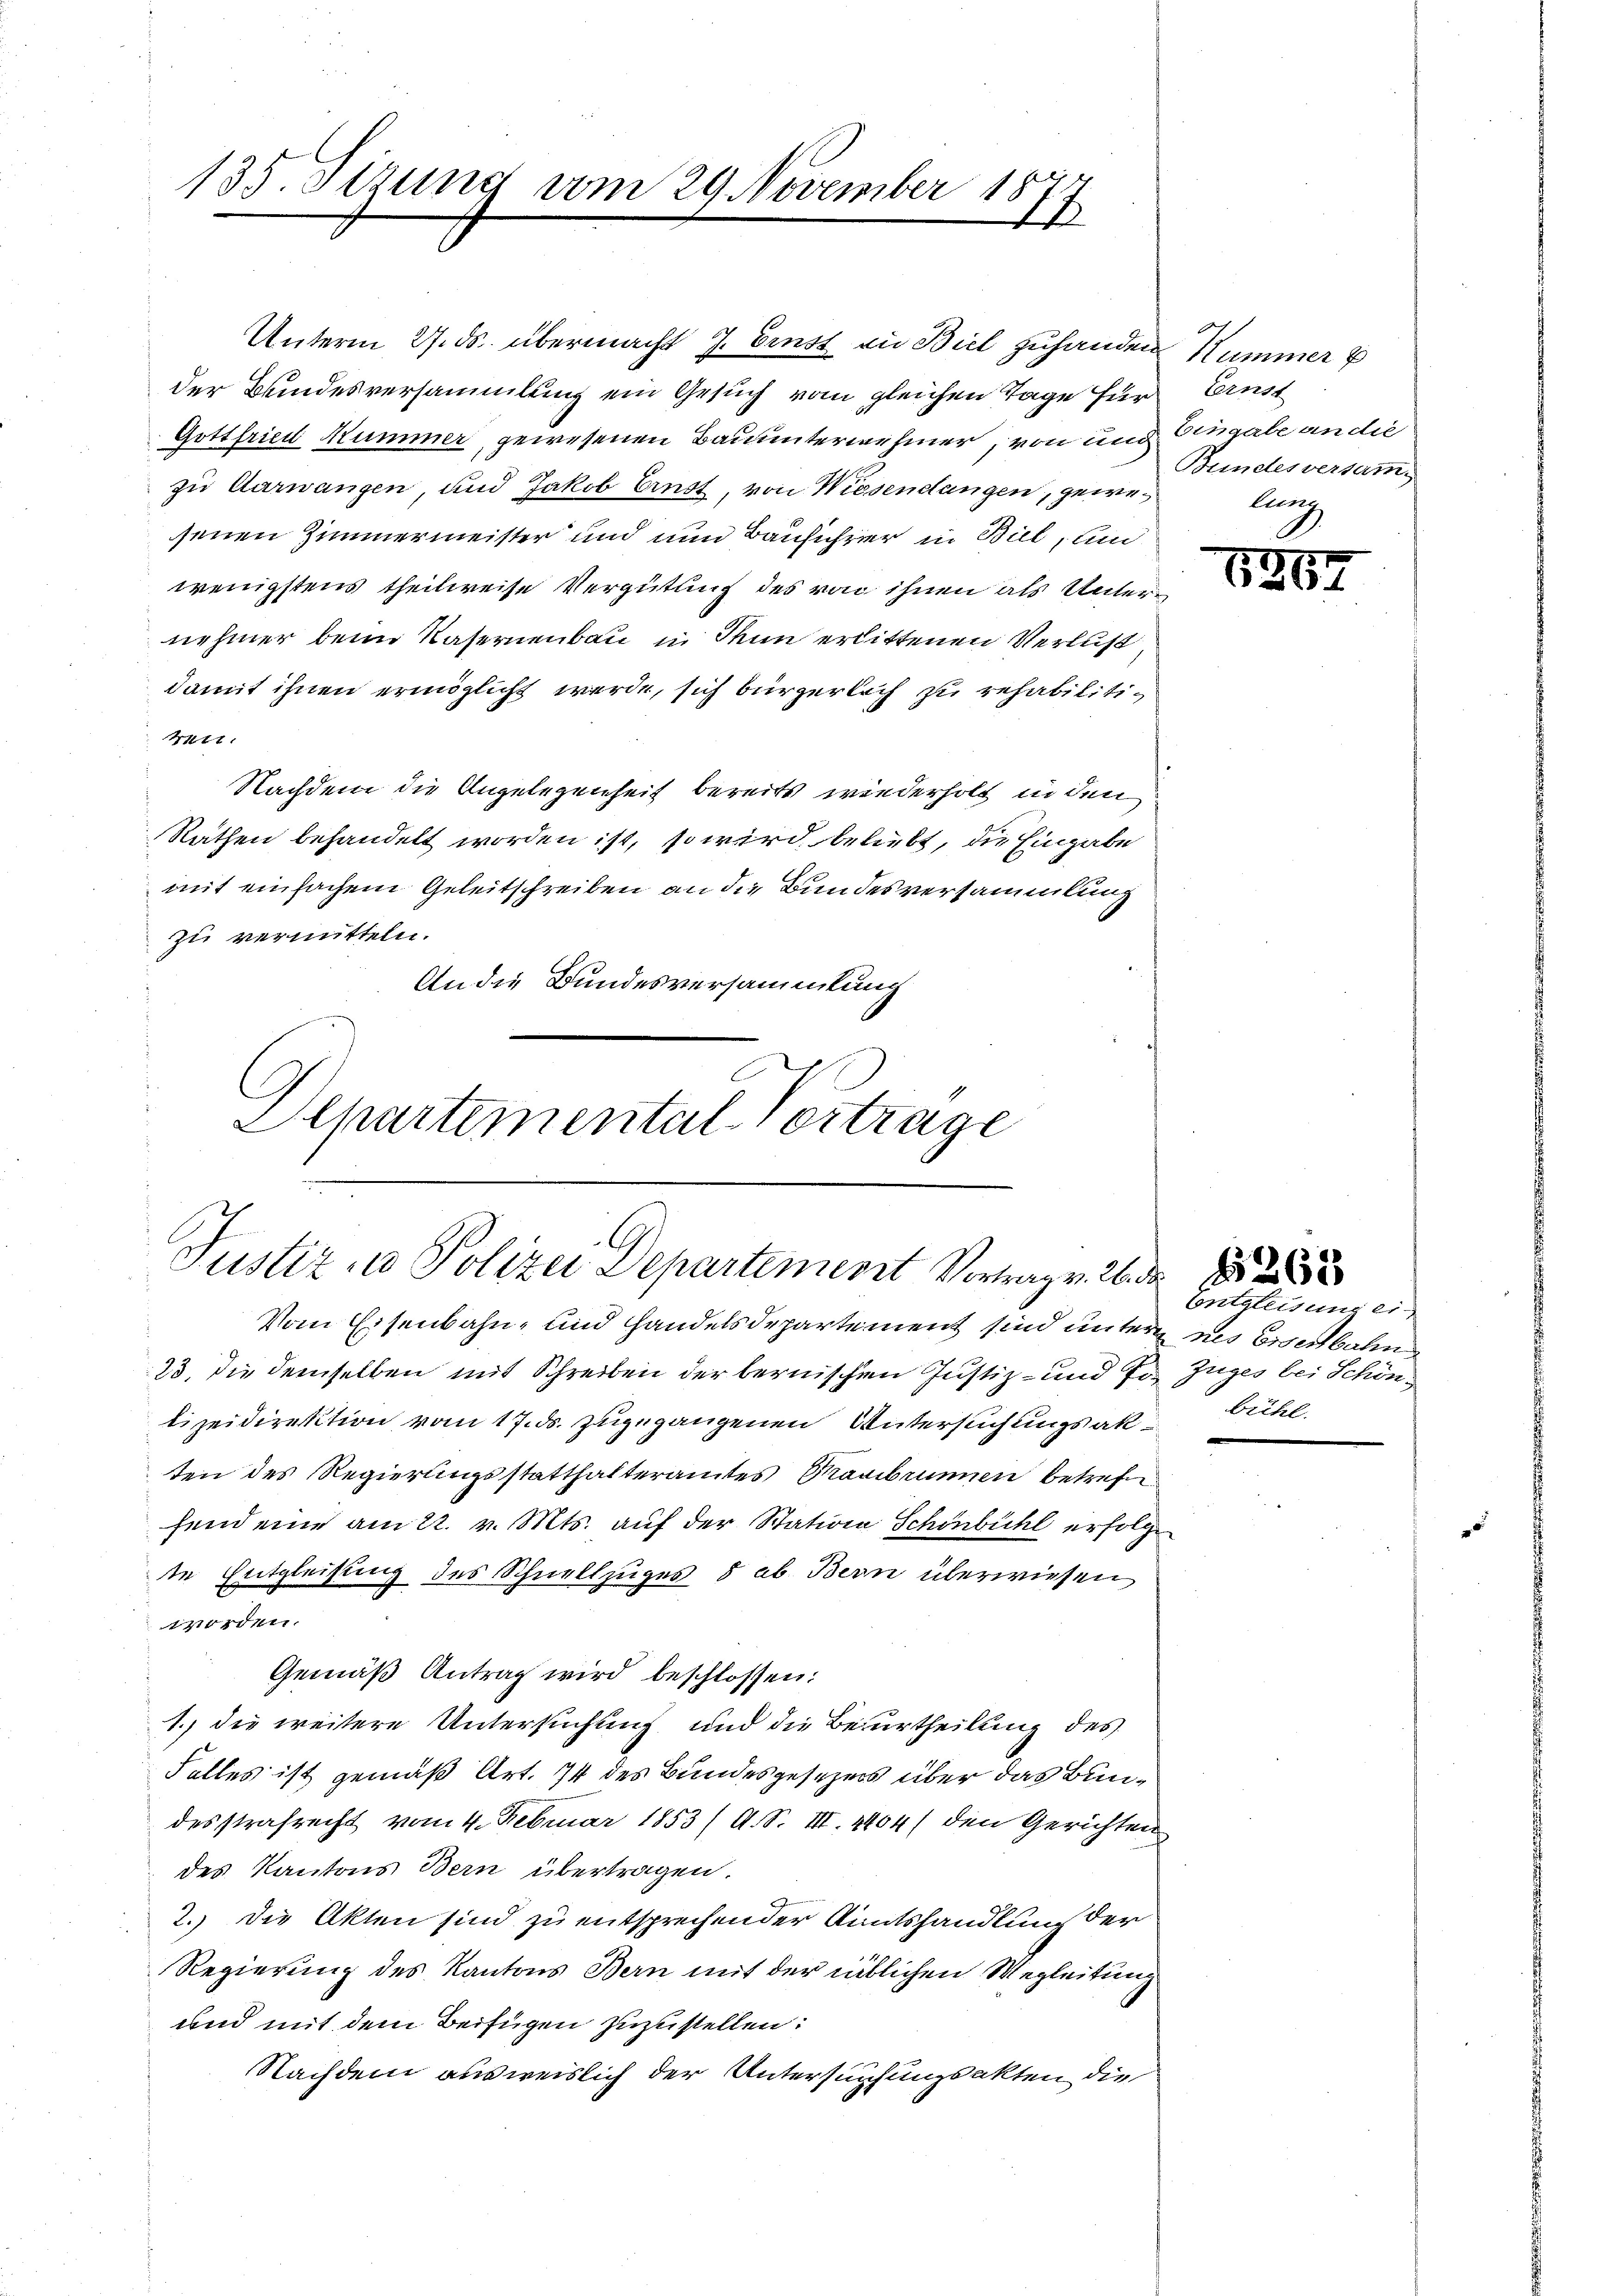
135. Sizung vom 29. November
1

Unterm 27. ds. übermacht J. Einst an Biel zuhanden Hummer
der Bundesversammlung ein Gesuch vom gleichen Tage für
Gottfried Nummer gewesenen Bauunternehmer, von und
zu Aarwangen, und Jakob Ernst, von Wiesendangen, gewesenen Zimmermeister und nun Bauführer in Biel, und
wenigstens theilweise Vergütung des von ihnen als Unternehmer beim Kasernenbau in Tun erlittenen Verlustdamit ihnen ermöglicht werde, sich bürgerlich zu rehabiliti¬
4441.
Nachdem die Angelegenheit bereits wiederholt in den
Räthen behandelt worden ist, so wird beliebt, die Eingabe
mit einfachem Geleitschreiben an die Bundesversammlung
zu vermitteln.
An die Bundesversammlung
Departemental Vertrage

Justiz in Polizei Departement Vortrag v. 2. d.

Vom Eisenbahn- und Handelsdepartement sind unter ins Eisenbahn
23. Die demselben mit Schreiben der bernischen Justiz- und sr. Zuges bei Schönlizeidirektion vom 17. ds. zugegangenen Untersuchungsak
ten des Regierungsstatthalteramtes Taubrunnen betreffefend eine am 22. v. Mts. auf der Station Schönbühl erfolgt
de Entgleitung des Schnellzuges 8 ab Bern überwiesen
worden.
Gemäß Antrag wird beschlossen:
1. die weitere Untersuchung und die Beurtheilung des
Falles ist gemäß Art. 74 des Bundesgesezes über das Bundesstrafrecht vom 4. Februar 1853 (A. S. III. 1404/ den Gerichten
des Kantons Bern übertragen.
2.) Die Akten sind zu entsprechender Amtshandlung der
Regierung des Kantons Bern mit der üblichen Wegleitung
und mit dem Beifügen zuzustellen:
Nachdem ausweislich der Untersuchungsakten die

Ernst
Eingabe an die
Bundesversamm
Ang

1267

Entgleitung ei
bühl.